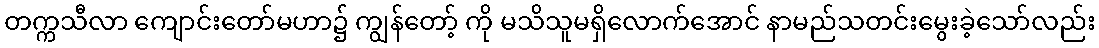
တက္ကသီလာ ကျောင်းတော်မဟာ၌ ကျွန်တော့် ကို မသိသူမရှိလောက်အောင် နာမည်သတင်းမွေးခဲ့သော်လည်း